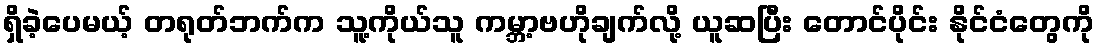
ရှိခဲ့ပေမယ့် တရုတ်ဘက်က သူ့ကိုယ်သူ ကမ္ဘာ့ဗဟိုချက်လို့ ယူဆပြီး တောင်ပိုင်း နိုင်ငံတွေကို